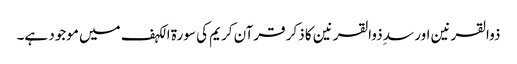
ذوالقرنین اور سدِ ذوالقرنین کا ذکر قرآن کریم کی سورة الکہف میں موجود ہے۔